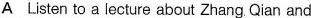
A Listen to a lecture about Zhang .Qian and